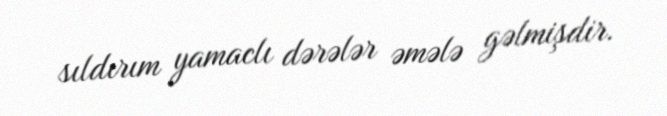
sıldırım yamaclı dərələr əmələ gəlmişdir.